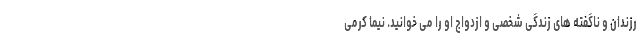
رزندان و ناگفته های زندگی شخصی و ازدواج او را می خوانید. نیما کرمی